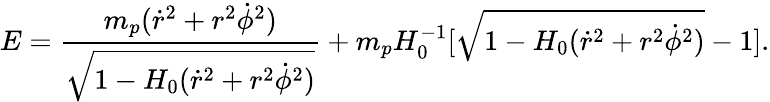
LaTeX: E=\frac{m_{p}(\dot{r}^{2}+r^{2}\dot{\phi}^{2})}{\sqrt{1-H_{0}(\dot{r}^{2}+r^{2}\dot{\phi}^{2})}}+m_{p}H_{0}^{-1}[\sqrt{1-H_{0}(\dot{r}^{2}+r^{2}\dot{\phi}^{2})}-1].